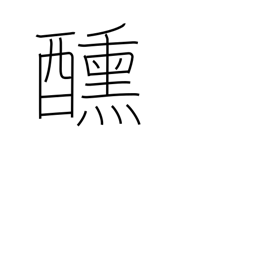
Meaning: hunger